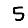
Digit: 5